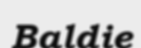
Baldie